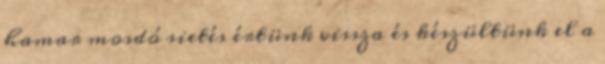
hamar mosdó sietés értünk vissza és készültünk el a